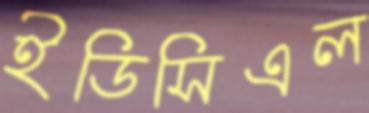
ইডিসিএল